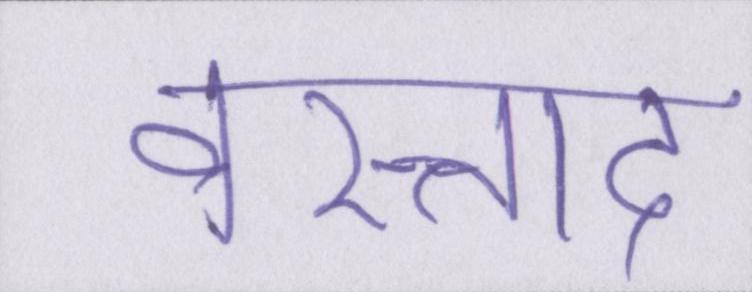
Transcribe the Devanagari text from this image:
वस्ताद